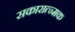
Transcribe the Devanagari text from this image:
सकारात्न्मक